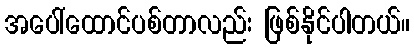
အပေါ်ထောင်ပစ်တာလည်း ဖြစ်နိုင်ပါတယ်။